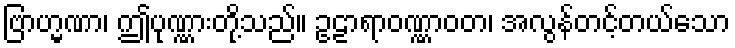
ဗြာဟ္မဏာ၊ ဤပုဏ္ဏားတို့သည်။ ဥဠာရာဝဏ္ဏာဝတ၊ အလွန်တင့်တယ်သော